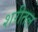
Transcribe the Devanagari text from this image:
शरीतल